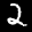
Label: 2